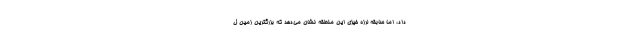
داد، اما سابقه لرزه خیزی این منطقه نشان می‌دهد که بزرگترین زمین ل